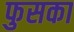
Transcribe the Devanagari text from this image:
फुसका